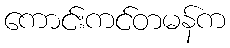
ကောင်းကင်တမန်က